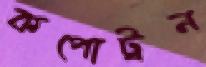
কপোট্রন